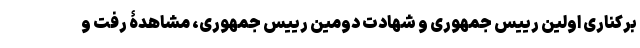
برکناری اولین رییس جمهوری و شهادت دومین رییس جمهوری، مشاهدۀ رفت و